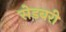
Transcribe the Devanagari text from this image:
सेडबरी